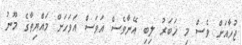
ޖުހާއަށް ވެސް މި ޚަބަރު ލިބި އޭނާވެސް އަވަސް އަވަހަށް މައްޔިތާގެ މޫނު